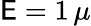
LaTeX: \mathsf{E}=1\, \mu